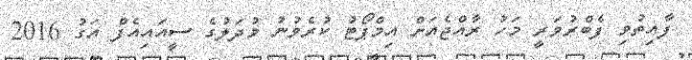
ފާއިތުވި ފެބްރުވަރީ މަހު ރާއްޖެއަށް އިމްޕޯޓު ކުރެވުނު މުދަލުގެ ސީއައިއެފް އަގު 2016